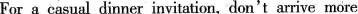
For a casual dinner invitation, don't arrive more